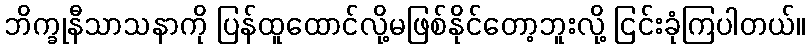
ဘိက္ခုနီသာသနာကို ပြန်ထူထောင်လို့မဖြစ်နိုင်တော့ဘူးလို့ ငြင်းခုံကြပါတယ်။